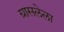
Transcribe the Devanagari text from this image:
ग्रासलेला